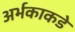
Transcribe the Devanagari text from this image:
अर्भकाकडे